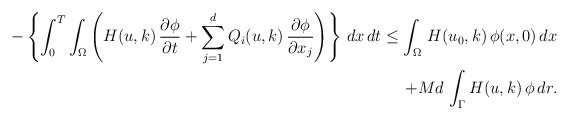
\begin{align*}-\left\{\int_{0}^{T}\int_{\Omega}\left(H(u,k)\,\frac{\partial\phi}{\partial t} + \displaystyle\sum_{j=1}^{d}Q_{i}(u,k)\,\frac{\partial\phi}{\partial x_{j}}\right)\right\}\,dx\,dt\leq \int_{\Omega}\,H(u_{0},k)\,\phi(x,0)\,dx \\+ Md\,\int_{\Gamma}H(u,k)\,\phi\,dr.\end{align*}